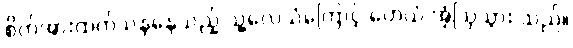
စိတ်အားထက်သန်နေသည့် သူ့လေသံကြောင့် ဟေယံ အံ့ဩသွား သည်။